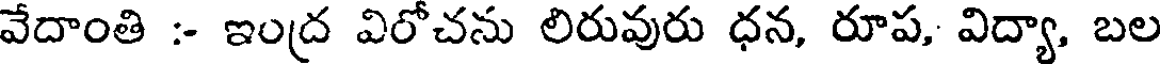
వేదాంతి :- ఇంద్ర విరోచను లిరువురు ధన, రూప, విద్యా, బల